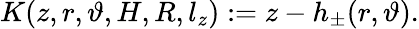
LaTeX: K(z,r,\vartheta,H,R,l_{z}):=z-h_{\pm}(r,\vartheta).